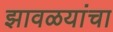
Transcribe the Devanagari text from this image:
झावळयांचा